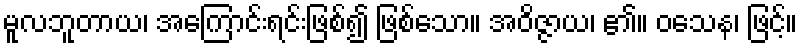
မူလဘူတာယ၊ အကြောင်းရင်းဖြစ်၍ ဖြစ်သော။ အဝိဇ္ဇာယ၊ ၏။ ဝသေန၊ ဖြင့်။